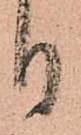
日